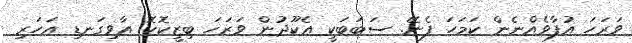
ވަރަހަ އުފާވެއްނެން ކަމަހަ ފެނޭ. ސަބަބަކީ އެކޫދުން ވަރަހަ ބިޒީކޮހޮ އާވިގަނޑި އަހަރި